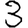
Digit: 3